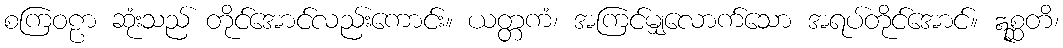
စကြဝဠာ ဆုံးသည် တိုင်အောင်လည်းကောင်း။ ယတ္တကံ၊ အကြင်မျှလောက်သော အရပ်တိုင်အောင်။ ဣစ္ဆတိ၊